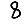
Digit: 8